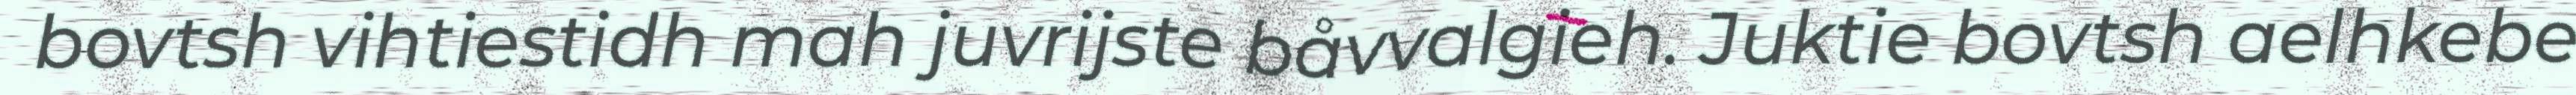
bovtsh vihtiestidh mah juvrijste båvvalgieh. Juktie bovtsh aelhkebe